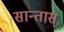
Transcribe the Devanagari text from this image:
सान्तास